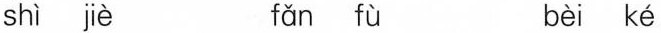
shì jiè fǎn fù bèi ké